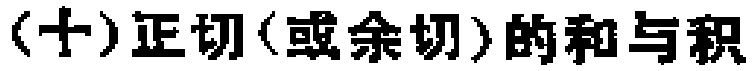
(十)正切(或余切)的和与积